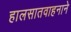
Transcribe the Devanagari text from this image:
हालसातवाहनाने